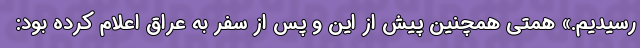
رسیدیم.» همتی همچنین پیش از این و پس از سفر به عراق اعلام کرده بود: